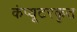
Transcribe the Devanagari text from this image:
कंप्यूटरकृत